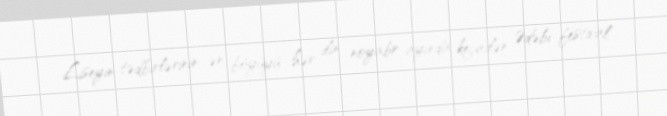
Liseyin tədbirlərinin ən böyüyü hər ilin noyabr ayında keçirilən Ədəbi festival